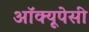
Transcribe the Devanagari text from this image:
अॉक्यूपेसी